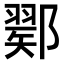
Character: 𨞈